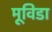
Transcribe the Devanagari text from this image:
मूविडा